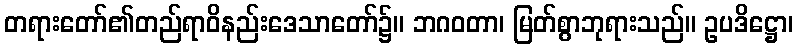
တရားတော်၏တည်ရာဝိနည်းဒေသာတော်၌။ ဘဂဝတာ၊ မြတ်စွာဘုရားသည်။ ဥပဒိဋ္ဌော၊